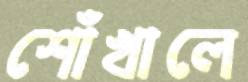
শোঁখালে